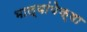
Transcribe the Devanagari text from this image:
भाल्यांपेक्षा